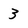
Character: 3